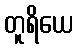
တူရိယေ